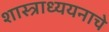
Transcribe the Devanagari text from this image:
शास्त्राध्ययनाचे